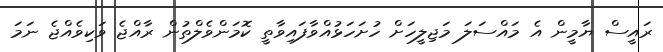
ރައީސް ޔާމީން އެ މައްސަލަ މަޖިލީހަށް ހުށަހަޅުއްވާފައިވާތީ ކޮމަންވެލްތުން ރާއްޖެ ވަކިވެއްޖެ ނަމަ